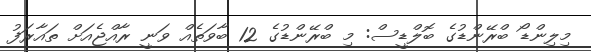
މިލިންޑޯ ބްރޭންޑުގެ ބޮލްޑީސް: މި ބްރޭންޑުގެ 12 ބާވަތެއް ވަނީ ރާއްޖެއަށް ތައާރަފު